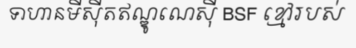
ទាហានមីស៊ីតឥណ្ឌូណេស៊ី BSF ខ្មៅរបស់